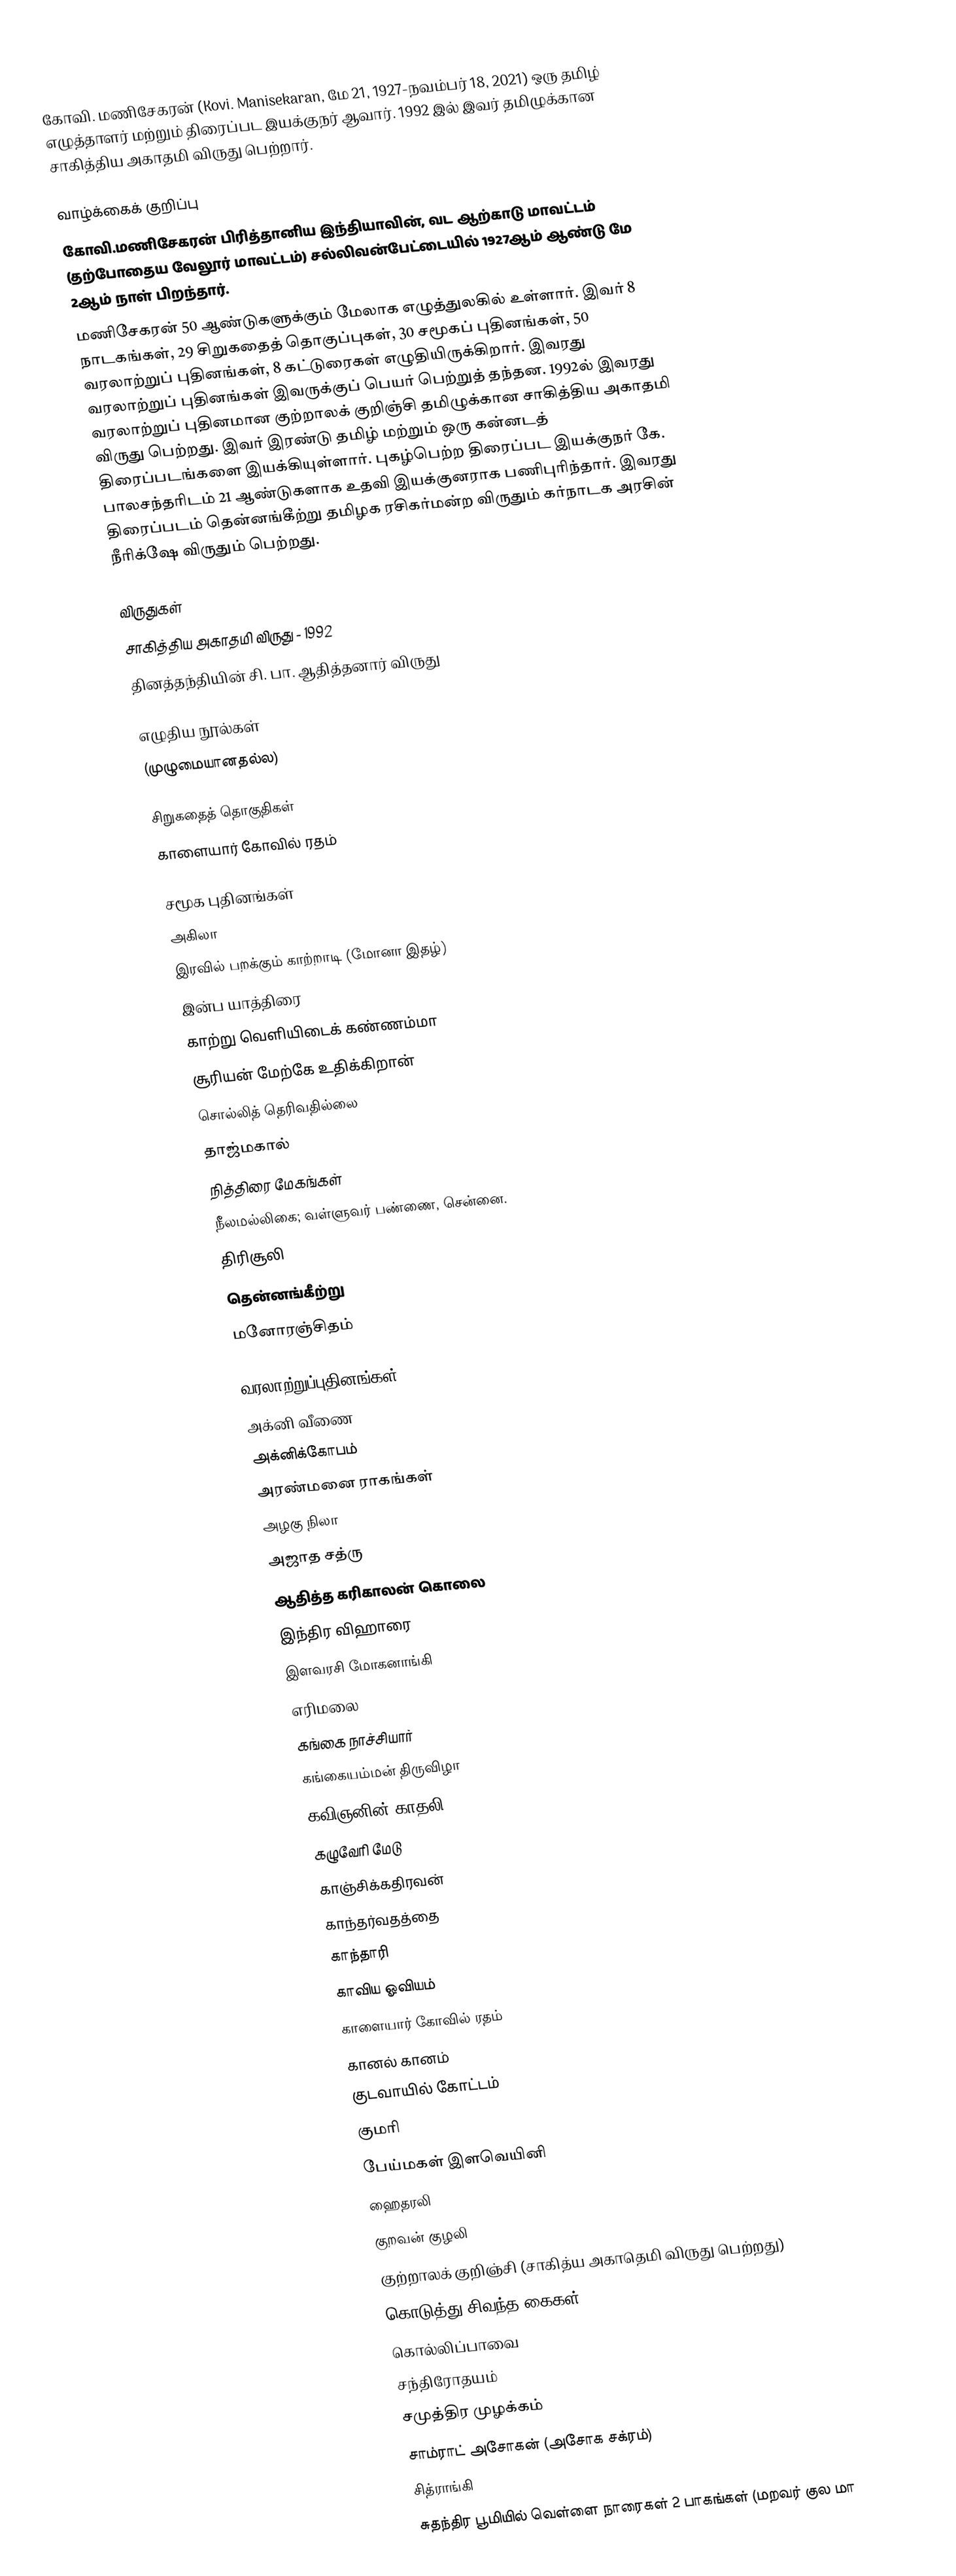
கோவி. மணிசேகரன் (Kovi. Manisekaran, மே 21, 1927-நவம்பர் 18, 2021) ஒரு தமிழ் எழுத்தாளர் மற்றும் திரைப்பட இயக்குநர் ஆவார். 1992 இல் இவர் தமிழுக்கான சாகித்திய அகாதமி விருது பெற்றார்.

வாழ்க்கைக் குறிப்பு
கோவி.மணிசேகரன் பிரித்தானிய இந்தியாவின், வட ஆற்காடு மாவட்டம் (தற்போதைய வேலூர் மாவட்டம்) சல்லிவன்பேட்டையில் 1927ஆம் ஆண்டு மே 2ஆம் நாள் பிறந்தார்.
மணிசேகரன் 50 ஆண்டுகளுக்கும் மேலாக எழுத்துலகில் உள்ளார். இவர் 8 நாடகங்கள், 29 சிறுகதைத் தொகுப்புகள், 30 சமூகப் புதினங்கள், 50 வரலாற்றுப் புதினங்கள், 8 கட்டுரைகள் எழுதியிருக்கிறார். இவரது வரலாற்றுப் புதினங்கள் இவருக்குப் பெயர் பெற்றுத் தந்தன. 1992ல் இவரது வரலாற்றுப் புதினமான குற்றாலக் குறிஞ்சி தமிழுக்கான சாகித்திய அகாதமி விருது பெற்றது.  இவர் இரண்டு தமிழ் மற்றும் ஒரு கன்னடத் திரைப்படங்களை இயக்கியுள்ளார். புகழ்பெற்ற திரைப்பட இயக்குநர் கே. பாலசந்தரிடம் 21 ஆண்டுகளாக உதவி இயக்குனராக பணிபுரிந்தார்.  இவரது திரைப்படம் தென்னங்கீற்று தமிழக ரசிகர்மன்ற விருதும் கர்நாடக அரசின் நீரிக்‌ஷே விருதும் பெற்றது.

விருதுகள்
சாகித்திய அகாதமி விருது - 1992
தினத்தந்தியின் சி. பா. ஆதித்தனார் விருது

எழுதிய நூல்கள்
(முழுமையானதல்ல)

சிறுகதைத் தொகுதிகள்
 காளையார் கோவில் ரதம்

சமூக புதினங்கள்
 அகிலா
 இரவில் பறக்கும் காற்றாடி (மோனா இதழ்)
 இன்ப யாத்திரை
 காற்று வெளியிடைக் கண்ணம்மா
 சூரியன் மேற்கே உதிக்கிறான்
 சொல்லித் தெரிவதில்லை
 தாஜ்மகால்
 நித்திரை மேகங்கள்
 நீலமல்லிகை; வள்ளுவர் பண்ணை, சென்னை.
 திரிசூலி
 தென்னங்கீற்று
 மனோரஞ்சிதம்

வரலாற்றுப்புதினங்கள்
  அக்னி வீணை
  அக்னிக்கோபம்
  அரண்மனை ராகங்கள்
  அழகு நிலா
  அஜாத சத்ரு
  ஆதித்த கரிகாலன் கொலை
  இந்திர விஹாரை
  இளவரசி மோகனாங்கி
  எரிமலை
  கங்கை நாச்சியார்
  கங்கையம்மன் திருவிழா
  கவிஞனின் காதலி
  கழுவேரி மேடு
  காஞ்சிக்கதிரவன்
  காந்தர்வதத்தை
  காந்தாரி
  காவிய ஓவியம்
  காளையார் கோவில் ரதம்
  கானல் கானம்
  குடவாயில் கோட்டம்
  குமரி
  பேய்மகள் இளவெயினி
  ஹைதரலி
  குறவன் குழலி
  குற்றாலக் குறிஞ்சி (சாகித்ய அகாதெமி விருது பெற்றது)
  கொடுத்து சிவந்த கைகள்
  கொல்லிப்பாவை
  சந்திரோதயம்
  சமுத்திர முழக்கம்
  சாம்ராட் அசோகன் (அசோக சக்ரம்)
  சித்ராங்கி
  சுதந்திர பூமியில் வெள்ளை நாரைகள் 2 பாகங்கள் (மறவர் குல மா